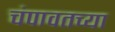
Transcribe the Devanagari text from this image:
चंपावतच्या